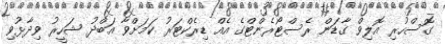
ގޮސްހުރި އޮލިވް ގާޑަން ރެސްޓޯރެންޓްގެ އެއް ޑިރެކްޓަރު ކަމަށްވާ އަބްދު ޝަހީރު ވިދާޅުވި